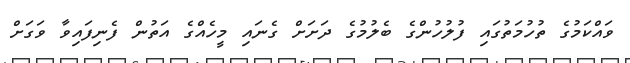
ވައްކަމުގެ ތުހުމަތުގައި ފުލުހުންގެ ބެލުމުގެ ދަށަށް ގެނައި މީހެއްގެ އަތުން ފެނިފައިވާ ވަގަށް